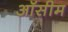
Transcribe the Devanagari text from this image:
ऑसीम